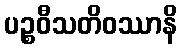
ပဉ္စဝီသတိဝဿာနိ